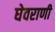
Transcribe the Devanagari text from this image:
घेवराणी